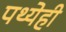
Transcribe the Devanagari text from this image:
पथ्येही